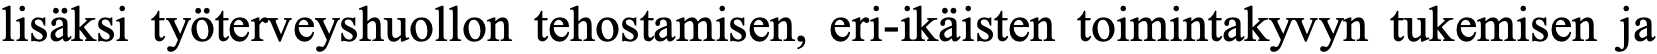
lisäksi työterveyshuollon tehostamisen, eri-ikäisten toimintakyvyn tukemisen ja